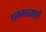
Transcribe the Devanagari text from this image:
धम्मरसाचे